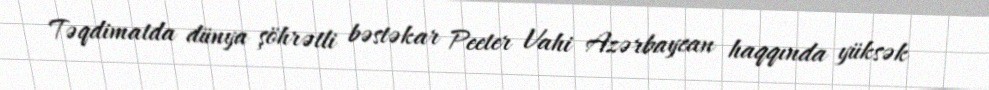
Təqdimatda dünya şöhrətli bəstəkar Peeter Vahi Azərbaycan haqqında yüksək